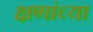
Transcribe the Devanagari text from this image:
क्षणांच्या